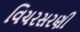
વિચરસરણી